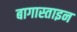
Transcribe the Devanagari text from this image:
बागास्ताइन